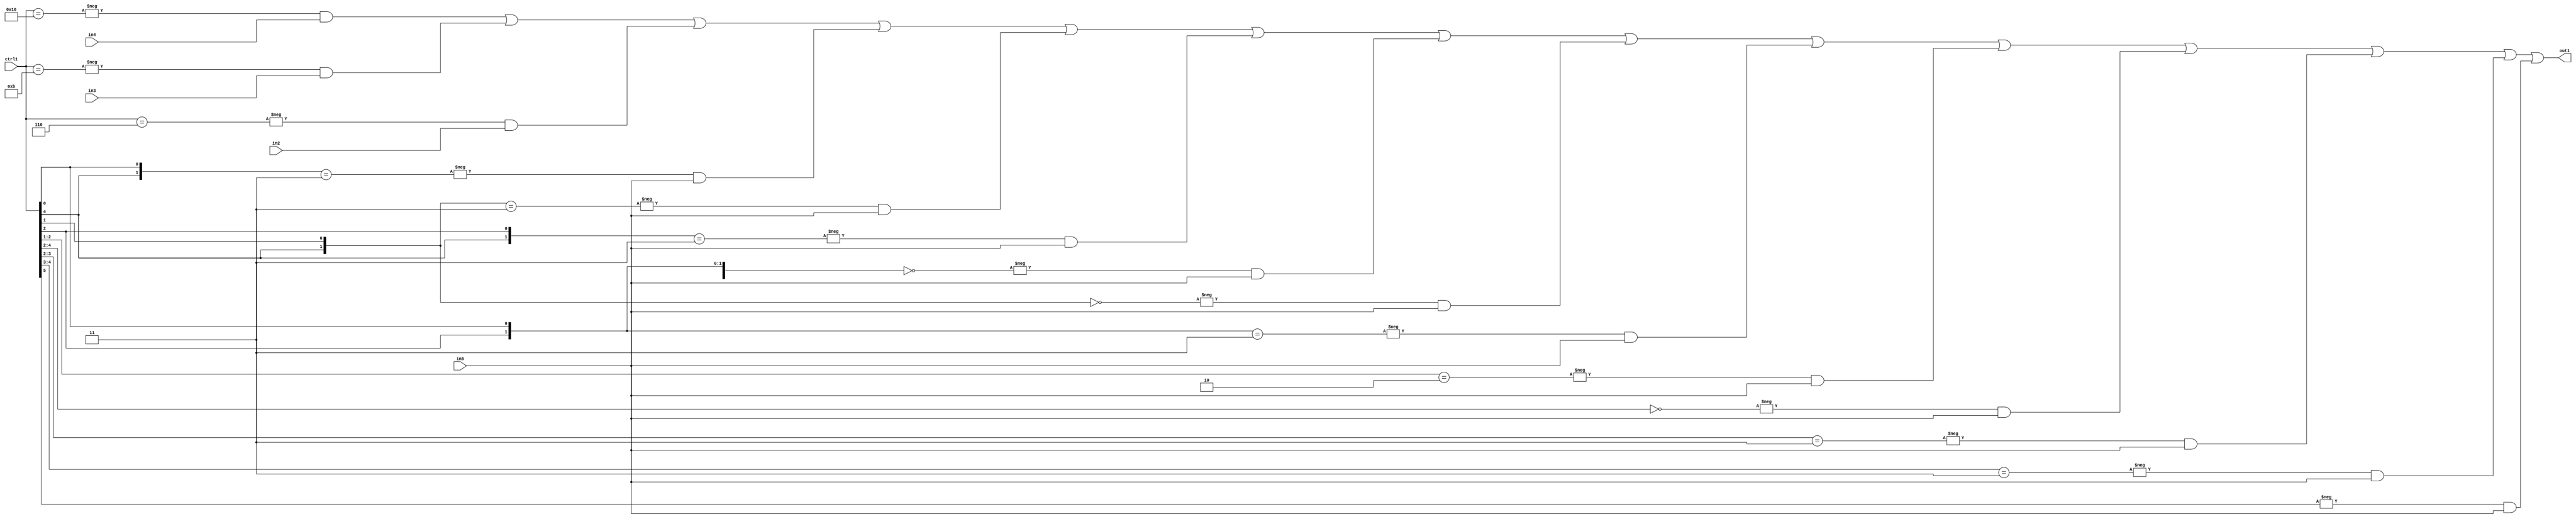
`timescale 1ps / 1ps
/*****************************************************************************
    Verilog RTL Description
    
    
    Created by: Stratus DpOpt 21.05.01 
*******************************************************************************/

module SobelFilter_N_Mux_32_4_56_1 (
	in5,
	in4,
	in3,
	in2,
	ctrl1,
	out1
	); /* architecture "behavioural" */ 
input [31:0] in5;
input [8:0] in4,
	in3,
	in2;
input [5:0] ctrl1;
output [31:0] out1;
wire [31:0] asc001;

assign asc001 = 
	-{ctrl1 == 6'B010000} & in4 |
	-{ctrl1 == 6'B001011} & in3 |
	-{ctrl1 == 6'B000110} & in2 |
	-{{ctrl1[4], ctrl1[0]} == 2'B11} & in5 |
	-{{ctrl1[4], ctrl1[1]} == 2'B11} & in5 |
	-{{ctrl1[4], ctrl1[2]} == 2'B11} & in5 |
	-{{ctrl1[4], ctrl1[2], ctrl1[0]} == 3'B000} & in5 |
	-{{ctrl1[4], ctrl1[1]} == 2'B00} & in5 |
	-{{ctrl1[2], ctrl1[0]} == 2'B11} & in5 |
	-{ctrl1[2:1] == 2'B10} & in5 |
	-{ctrl1[4:2] == 3'B000} & in5 |
	-{ctrl1[3:2] == 2'B11} & in5 |
	-{ctrl1[4:3] == 2'B11} & in5 |
	-{ctrl1[5] == 1'B1} & in5 ;

assign out1 = asc001;
endmodule

/* CADENCE  vLXwQwk= : u9/ySxbfrwZIxEzHVQQV8Q== ** DO NOT EDIT THIS LINE ******/